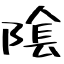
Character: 隂